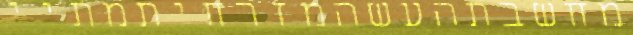
מחשבתהעשהמזרחיתמתיי